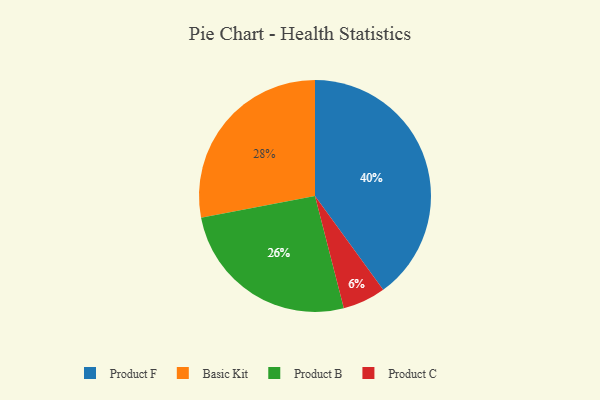
{"axis": {"x": "Category", "y": "Percentage"}, "legend": ["Basic Kit", "Product B", "Product C", "Product F"], "data": [{"x": "Product C", "y": 6, "type": "Product C"}, {"x": "Basic Kit", "y": 28, "type": "Basic Kit"}, {"x": "Product B", "y": 26, "type": "Product B"}, {"x": "Product F", "y": 40, "type": "Product F"}]}